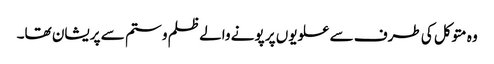
وہ متوکل کی طرف سے علویوں پر پونے والے ظلم و ستم سے پریشان تھا۔